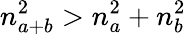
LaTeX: n_{a+b}^{2}>n_{a}^{2}+n_{b}^{2}